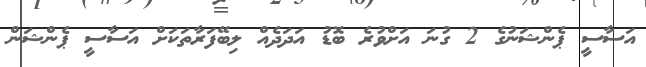
އަސާސީ ޕެންޝަނުގެ 2 ގުނަ އަށްވުރެ ބޮޑު އަދަދެއް ލިބޭފަރާތަކަށް އަސާސީ ޕެންޝަން